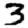
Digit: 3